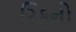
રિફનો